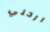
ارحلي